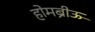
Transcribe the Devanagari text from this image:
होमब्रीऊ